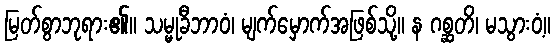
မြတ်စွာဘုရား၏။ သမ္မုခီဘာဝံ၊ မျက်မှောက်အဖြစ်သို့။ န ဂစ္ဆတိ၊ မသွားဝံ့။